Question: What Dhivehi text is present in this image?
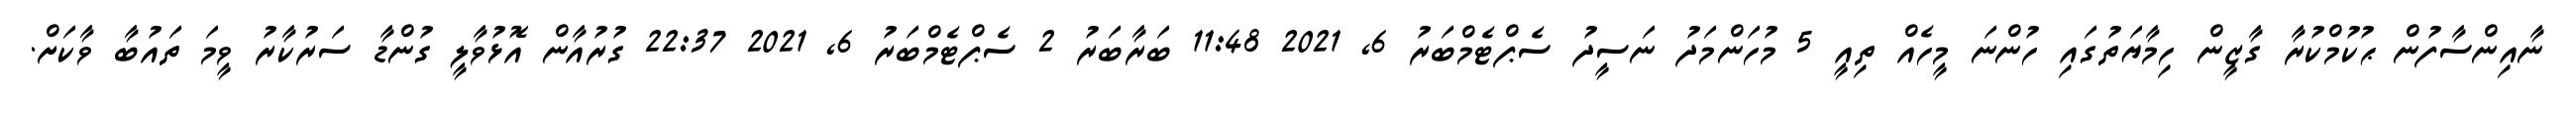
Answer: ނާއިންސާފުން ޙުކުމްކުރާ ގާޒީން ހިމާޔަތުގައި ހުންނަ މީހެއް ތިއީ 5 މުހަންމަދު ނަސީދު ސެޕްޓެމްބަރު 6, 2021 11:48 ބަރާބަރު 2 ސެޕްޓެމްބަރު 6, 2021 22:37 ގުރުއާން އޮޅުވާލީ ގުންޑާ ސަރުކާރު ވީމަ ތައުބާ ވާކަށް.